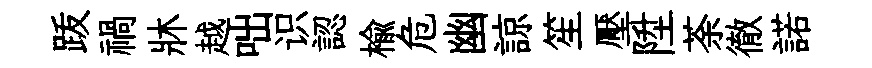
䟦禍牀越咄识認榆危幽諒笙壓陞荼徹諾